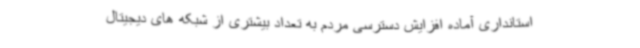
استانداری آماده افزایش دسترسی مردم به تعداد بیشتری از شبکه های دیجیتال